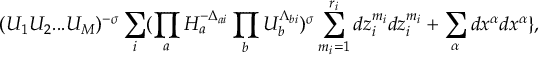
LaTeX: ( U _ { 1 } U _ { 2 } . . . U _ { M } ) ^ { - \sigma } \sum _ { i } ( \prod _ { a } H _ { a } ^ { - \Delta _ { a i } } \prod _ { b } U _ { b } ^ { \Lambda _ { b i } } ) ^ { \sigma } \sum _ { m _ { i } = 1 } ^ { r _ { i } } d z _ { i } ^ { m _ { i } } d z _ { i } ^ { m _ { i } } + \sum _ { \alpha } d x ^ { \alpha } d x ^ { \alpha } \} ,